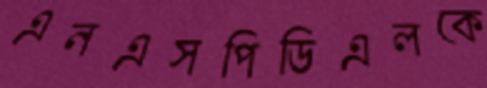
এনএসপিডিএলকে